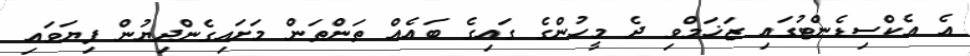
އެ އެކްސިޑެންޓުގައި ޒަޚަމްވި ދެ މީހުންގެ ގައިގެ ބައެއް ތަންތަން މަށައިގެންދިޔުން ފިޔަވައި